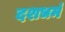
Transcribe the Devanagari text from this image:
दशधर्म